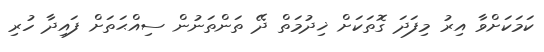
ކަމަކަށްވާ އިރު މިފަދަ ގޮތަކަށް ޚިދުމަތް ދޭ ތަންތަނުން ސިއްޙަތަށް ފައިދާ ހުރި